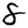
Digit: 8